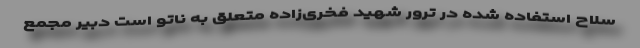
سلاح استفاده شده در ترور شهید فخری‌زاده متعلق به ناتو است دبیر مجمع